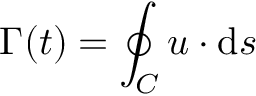
\Gamma ( t ) = \oint _ { C } { \boldsymbol { u } } \cdot \mathrm { d } { \boldsymbol { s } }